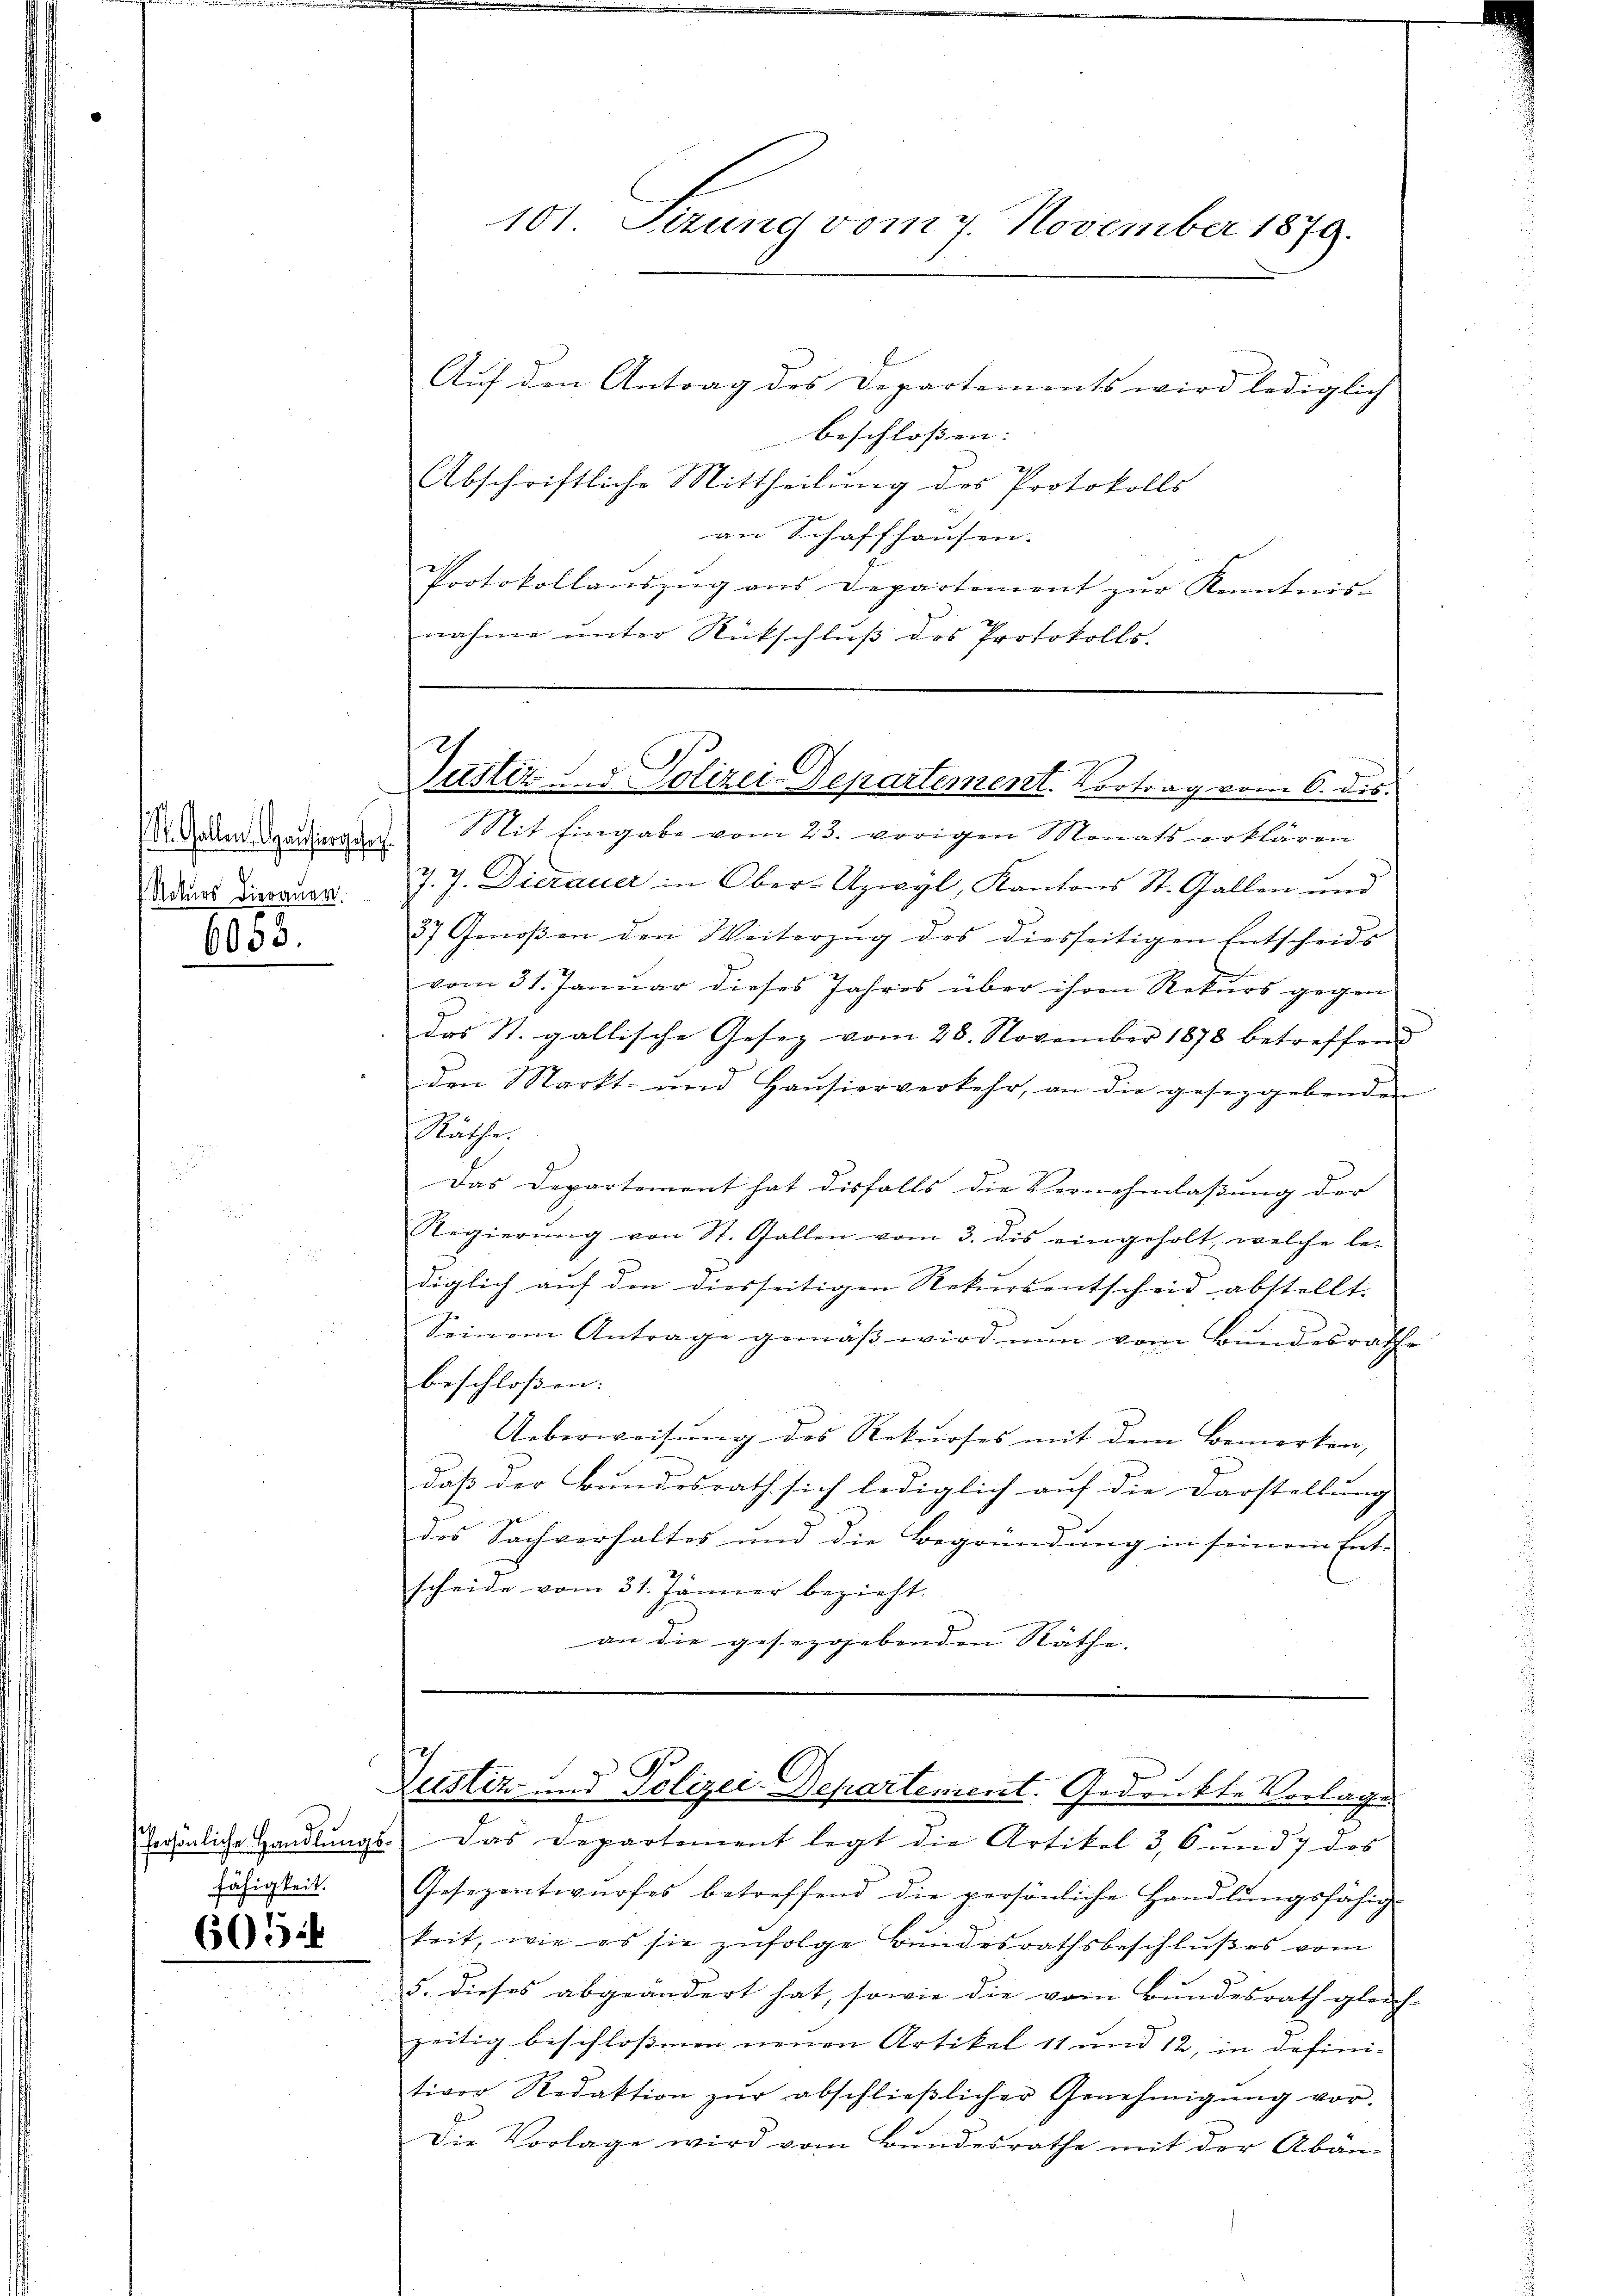
Nekurs Dierauer.
6053.

fähigkeit.

605:

101. Sezung vom 7. November 1879.

Auf den Antrag des Departements wird lediglich
beschlossen:
Abschriftliche Mittheilung des Protokolls
an Schaffhausen.
Protokollaŭszŭg ans Departement zŭr Kenntnis-
nahme unter Rückschluß des Protokolls.
Zehen Dauergen Mit Eingabe vom 23. vorigen Monats erklären
J. J. Dierauer in Ober-Uzivyl, Kantons St. Gallen und
37 Genoßen den Weiterzŭg des diesseitigen Entscheids
vom 31. Januar dieses Jahres über ihren Rekurs gegen
das St. gallische Gesez vom 28. November 1878 betreffend
den Markt- und Haŭsierverkehr, an die geseggebenden
Räthe.
Das Departement hat disfalls die Vernehmlassung der |
Regierŭng von St. Gallen vom 3. dis eingeholt, welche le-
diglich auf den diesseitigen Rekursentscheid abstellt.
Seinem Antrage gemäβ wird nun vom Bŭndesrathe
beschlossen: |
Ueberweisung des Rekurses mit dem Bemerken,
daß der Bundesrath sich lediglich auf die Darstellung
e
des Sachverhaltes und die Begründung in seinem Ent-
scheide vom 31. Jänner bezieht.
an die gesezgebenden Näthe. |

Justiz S. 1 Polizei-Departement. Vortrag vom 6. dis.

G.
Justiz und Polizei-Departement. Gedruckte Vorlages

Persönliche Handlungs- Das Departement legt die Artikel 3, 6 und 7 des
Gesezentwurfes betreffend die persönliche Handlungsfähig-
keit, wie es sie zufolge Bundesrathsbeschlußes vom
5. Dieses abgeändert hat, sowie die vom Bundesrath gleich-
zeitig beschlossenen neuen Artikel 11 und 12, in defini-
tiver Redaktion zŭr abschlieβlicher Genehmigŭng vor-
Die Vorlage wird vom Bundesrathe mit der Abän¬